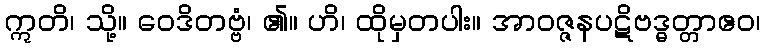
ဣတိ၊ သို့။ ဝေဒိတဗ္ဗံ၊ ၏။ ဟိ၊ ထိုမှတပါး။ အာဝဇ္ဇနပဋိဗဒ္ဓတ္တာဧဝ၊